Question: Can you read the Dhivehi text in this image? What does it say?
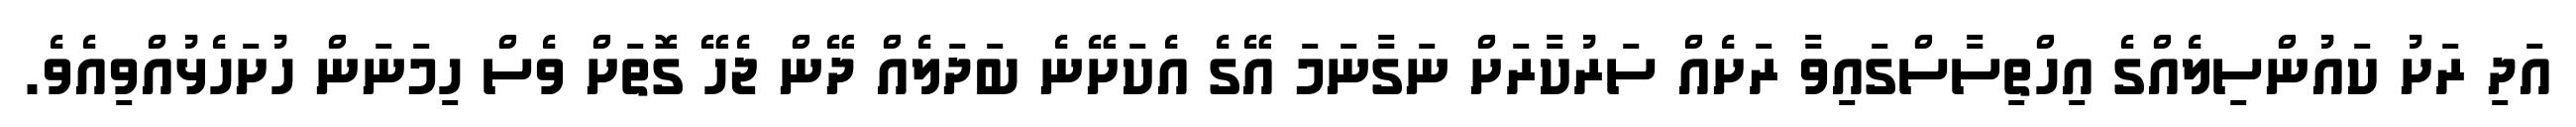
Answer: އަދި ރަށު ކައުންސިލެއްގެ އިހްތިސާސްގައިވާ ރަށެއް ސަރުކާރަށް ނަގާނަމަ އޭގެ އެކަށޭނެ ބަދަލެއް ދޭން ޖެހޭ ގޮތަށް ވެސް ހިމަނަން ހުށަހެޅުއްވިއެވެ.